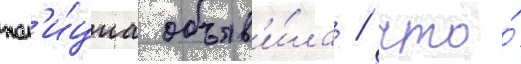
пол'и́циа объяв'и́ла / что́